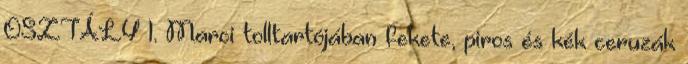
OSZTÁLY 1. Marci tolltartójában fekete, piros és kék ceruzák